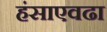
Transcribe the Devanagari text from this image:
हंसाएवढा